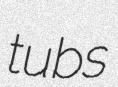
tubs